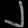
Digit: ၂